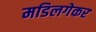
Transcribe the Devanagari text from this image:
मडिलगेकर